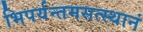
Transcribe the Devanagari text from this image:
भिपर्यन्तमसत्स्थानं